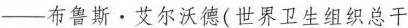
——布鲁斯·艾尔沃德(世界卫生组织总干